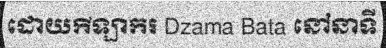
ដោយកីឡាករ Dzama Bata នៅនាទី